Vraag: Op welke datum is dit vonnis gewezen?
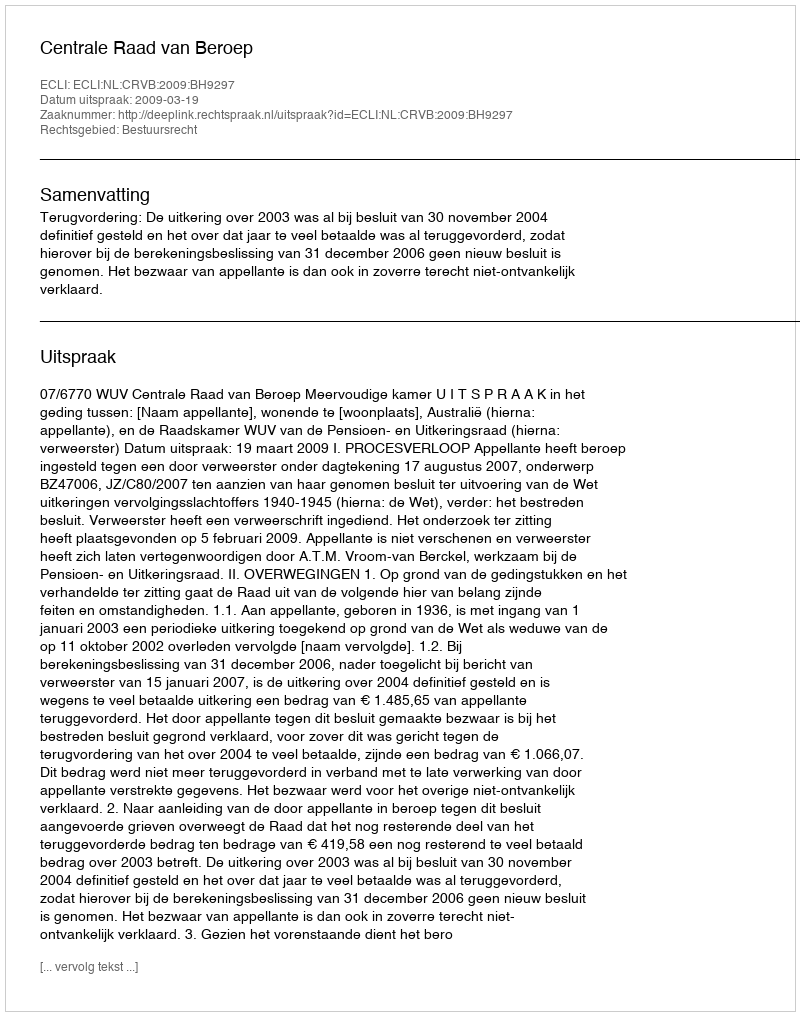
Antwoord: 2009-03-19